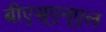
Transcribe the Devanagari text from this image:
बीएस्‌एन्‌एल